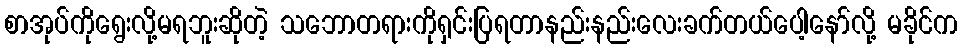
စာအုပ်ကိုရွေးလို့မရဘူးဆိုတဲ့ သဘောတရားကိုရှင်းပြရတာနည်းနည်းလေးခက်တယ်ပေါ့နော်လို့ မခိုင်က